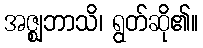
အဇ္ဈဘာသိ၊ ရွတ်ဆို၏။